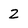
Character: 2